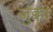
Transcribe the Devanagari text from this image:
जुक्का